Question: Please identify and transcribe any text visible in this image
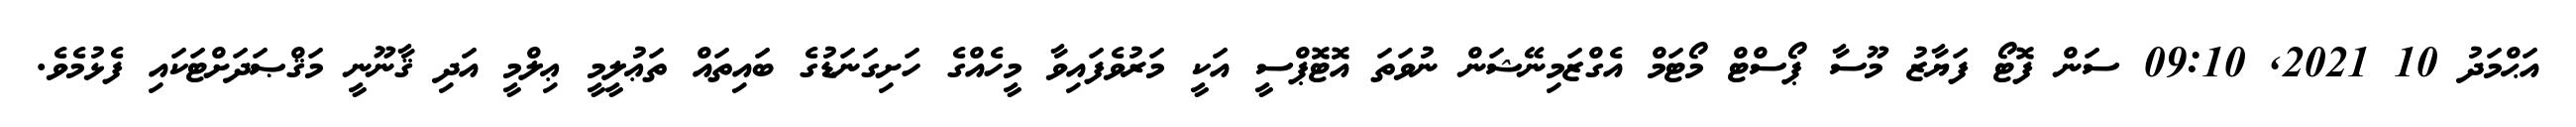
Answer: އަޙްމަދު 10 2021, 09:10 ސަން ފޮޓޯ ފަޔާޒު މޫސާ ޕޯސްޓް މޯޓަމް އެގްޒަމިނޭޝަން ނުވަތަ އޮޓޮޕްސީ އަކީ މަރުވެފައިވާ މީހެއްގެ ހަށިގަނަޑުގެ ބައިތައް ތަޢުލީމީ ޢިލްމީ އަދި ޤާނޫނީ މަޤްޞަދަށްޓަކައި ފެޅުމެވެ.